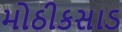
મોઠીકસાડ